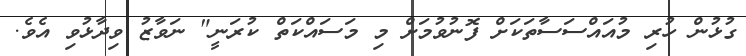
ގުޅުން ހުރި މުއައްސަސާތަކަށް ފޮނުވުމަށް މި މަސައްކަތް ކުރަނީ" ނަވާޒު ވިދާޅުވި އެވެ.